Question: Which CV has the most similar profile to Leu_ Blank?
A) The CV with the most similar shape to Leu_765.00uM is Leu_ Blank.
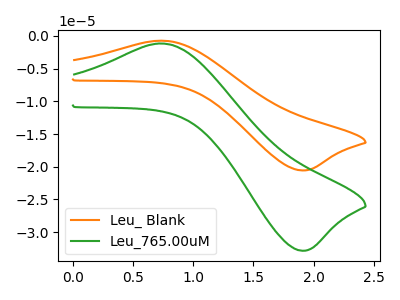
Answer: <think>The orange curve "Leu_ Blank" has an anodic peak at (0.70V, -0.70uA) and a cathodic peak at (1.90V, -20.55uA). The green curve "Leu_765.00uM" has an anodic peak at (0.70V, -1.15uA) and a cathodic peak at (1.90V, -32.85uA).
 All the peaks in "Leu_ Blank" have a peak in "Leu_765.00uM" at the same potential.</think>
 <answer>A) The CV with the most similar shape to "Leu_765.00uM" is "Leu_ Blank".</answer>
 <eval>A</eval>